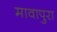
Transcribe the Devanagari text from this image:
मावापुरा